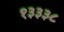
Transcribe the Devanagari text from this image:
१३३३८